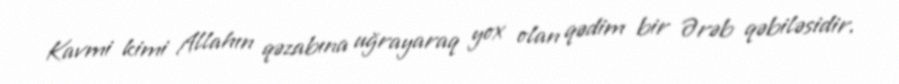
Kavmi kimi Allahın qəzabına uğrayaraq yox olan qədim bir Ərəb qəbiləsidir.